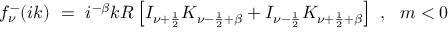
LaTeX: f _ { \nu } ^ { - } ( i k ) \ = \ i ^ { - \beta } k R \left[ I _ { \nu + \frac 1 2 } K _ { \nu - \frac 1 2 + \beta } + I _ { \nu - \frac 1 2 } K _ { \nu + \frac 1 2 + \beta } \right] \ , \ \ m < 0